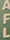
AFL